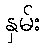
နှမ်း